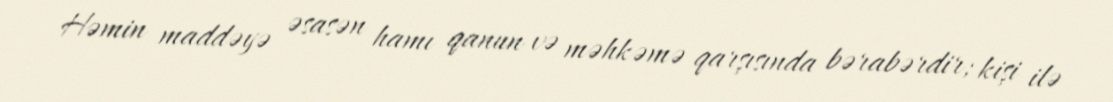
Həmin maddəyə əsasən hamı qanun və məhkəmə qarşısında bərabərdir; kişi ilə